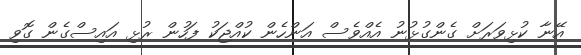
އޭނާ ކުޅިވަރަށް ގެންގުޅުނު އެއްވެސް އަންހެން ކުއްޖަކު ފަހުން ރުޅި އައިސްގެން ގޮވި